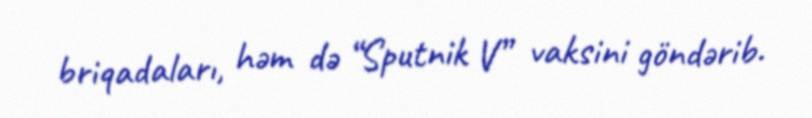
briqadaları, həm də “Sputnik V” vaksini göndərib.